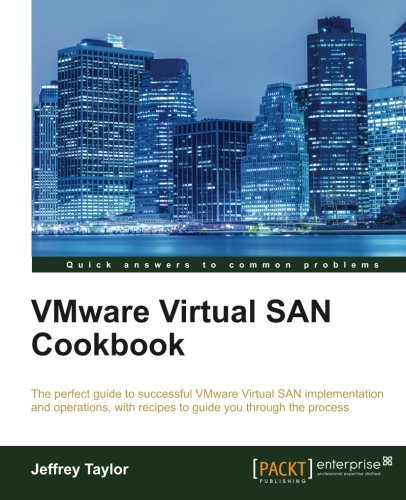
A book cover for VMware Virtual SAN Cookbook; Jeffrey Taylor; Computers & Technology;